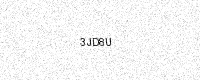
Text: 3JD8U